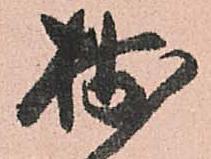
拙